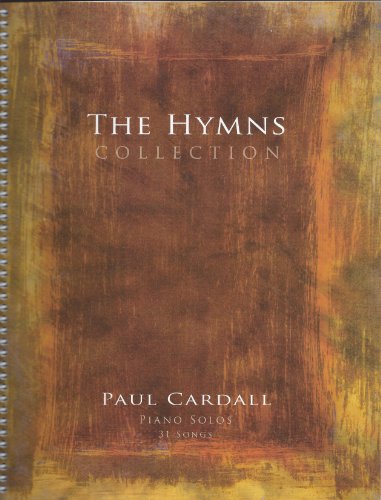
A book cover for The Hymns Collection (Piano Solos, 31 Songs Sheet. music); Paul Cardall; Christian Books & Bibles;